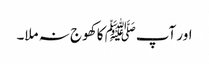
اور آپﷺ کا کھوج نہ ملا۔